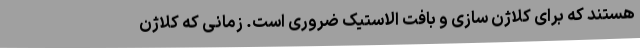
هستند که برای کلاژن سازی و بافت الاستیک ضروری است. زمانی که کلاژن